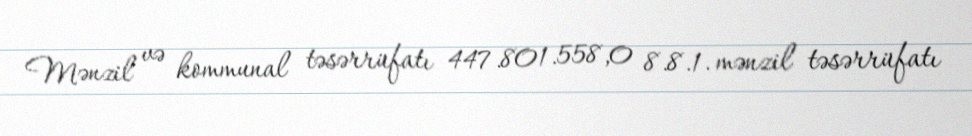
Mənzil və kommunal təsərrüfatı 447.801.558,0 8.8.1. mənzil təsərrüfatı